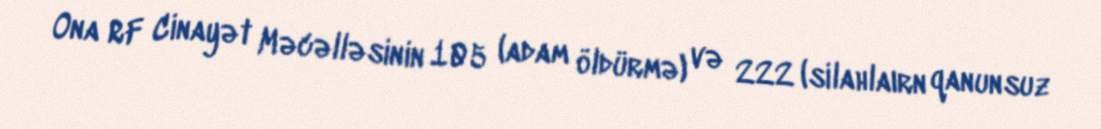
Ona RF Cinayət Məcəlləsinin 105 (adam öldürmə) və 222 (silahlaırn qanunsuz